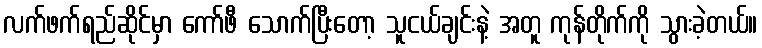
လက်ဖက်ရည်ဆိုင်မှာ ကော်ဖီ သောက်ပြီးတော့ သူငယ်ချင်းနဲ့ အတူ ကုန်တိုက်ကို သွားခဲ့တယ်။